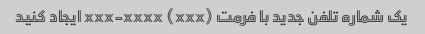
یک شماره تلفن جدید با فرمت (xxx) xxx-xxxx ایجاد کنید